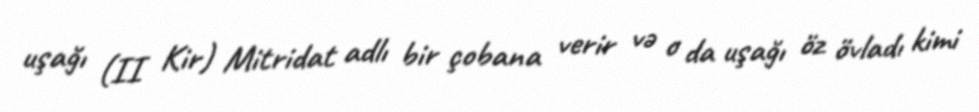
uşağı (II Kir) Mitridat adlı bir çobana verir və o da uşağı öz övladı kimi